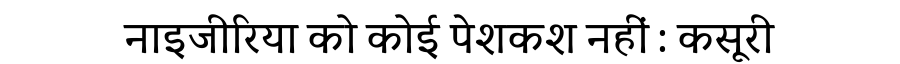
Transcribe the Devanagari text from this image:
नाइजीरिया को कोई पेशकश नहीं : कसूरी